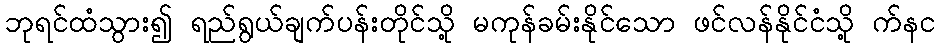
ဘုရင်ထံသွား၍ ရည်ရွယ်ချက်ပန်းတိုင်သို့ မကုန်ခမ်းနိုင်သော ဖင်လန်နိုင်ငံသို့ က်နင